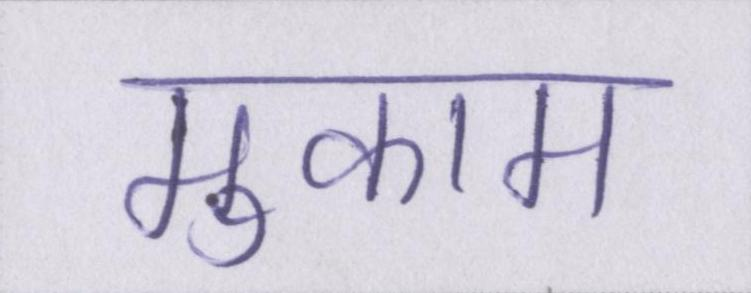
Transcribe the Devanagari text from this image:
मुकाम